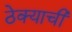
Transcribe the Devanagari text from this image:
ठेक्याची